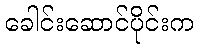
ခေါင်းဆောင်ပိုင်းက